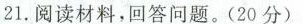
21.阅读材料，回答问题。(20分)